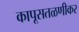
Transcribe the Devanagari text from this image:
कापूसतळणीकर